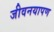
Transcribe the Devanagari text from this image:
जीवनयापण